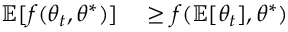
\begin{array} { r l } { \mathbb { E } [ f ( \theta _ { t } , \theta ^ { * } ) ] } & { { } \geq f ( \mathbb { E } [ \theta _ { t } ] , \theta ^ { * } ) } \end{array}